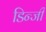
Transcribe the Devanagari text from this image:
डिन्जी